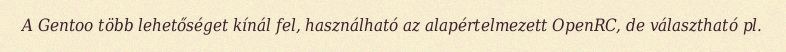
A Gentoo több lehetőséget kínál fel, használható az alapértelmezett OpenRC, de választható pl.